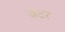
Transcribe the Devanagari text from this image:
ज़टर